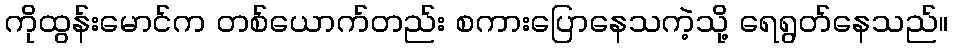
ကိုထွန်းမောင်က တစ်ယောက်တည်း စကားပြောနေသကဲ့သို့ ရေရွတ်နေသည်။